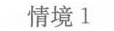
情境1